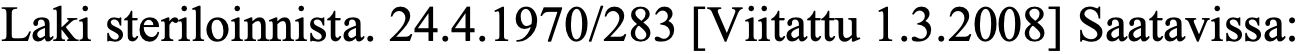
Laki steriloinnista. 24.4.1970/283 [Viitattu 1.3.2008] Saatavissa: